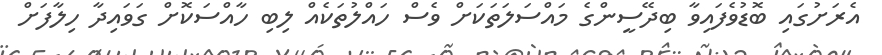
އެރަށުގައި ބޮޑުވެފައިވާ ބިދޭސީންގެ މައްސަލަތަކަށް ވެސް ހައްލުތަކެއް ލިބި ހާއްސަކޮށް ގަވައިދާ ހިލާފަށް